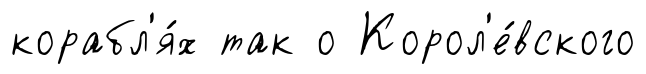
корабл'я́х так о Корол'е́вского